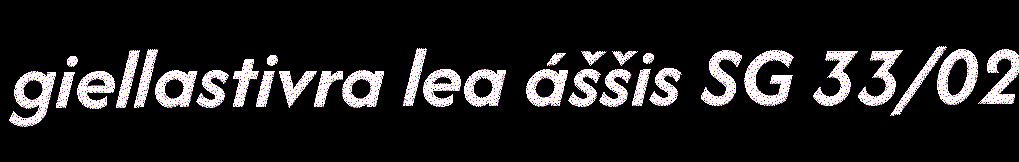
giellastivra lea áššis SG 33/02